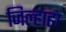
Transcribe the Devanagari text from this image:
जिल्हाहा